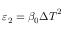
{ { \varepsilon } _ { 2 } } = { { \beta } _ { 0 } } { { \Delta T } ^ { 2 } }